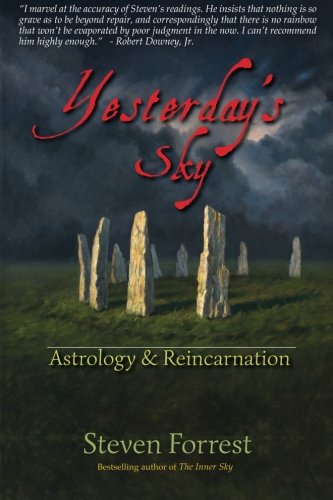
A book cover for Yesterday's Sky; Steven Forrest; Religion & Spirituality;